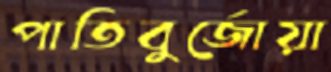
পাতিবুর্জোয়া